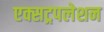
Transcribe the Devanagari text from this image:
एक्सट्रपलेशन